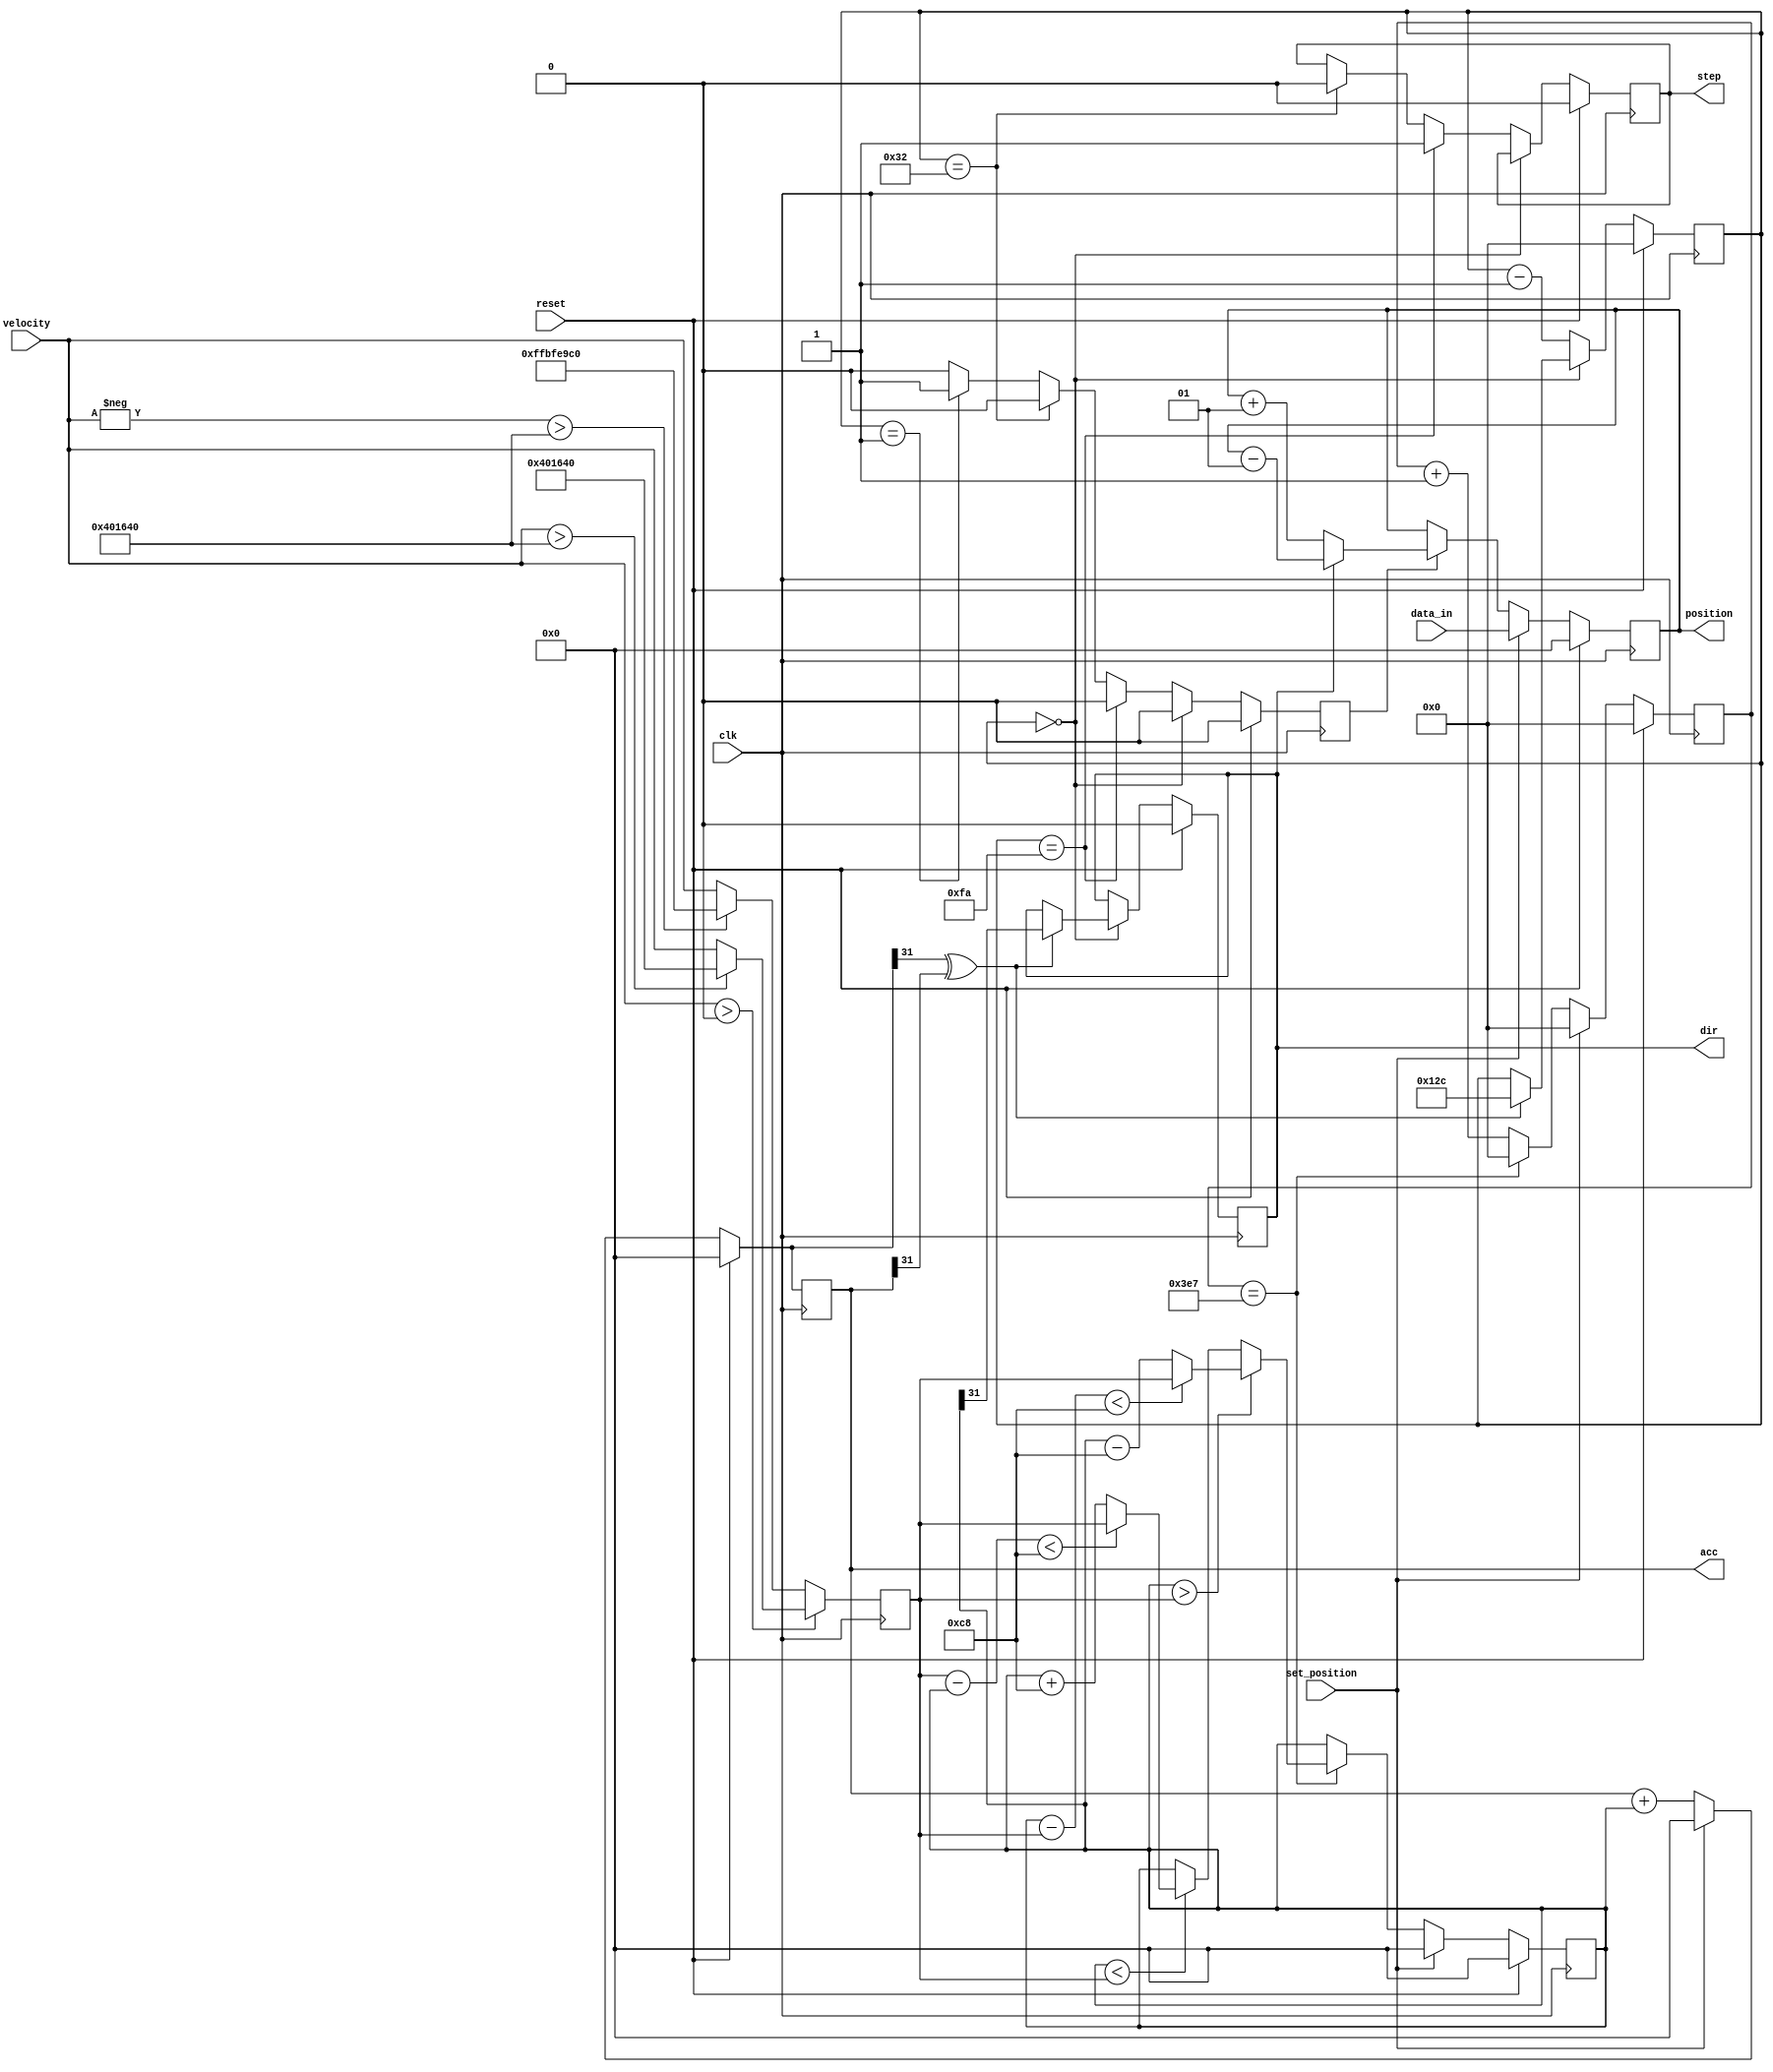
`timescale 1ns / 1ps
//////////////////////////////////////////////////////////////////////////////////
// Company: 
// Engineer: 
// 
// Design Name: 
// Module Name:    step_gen 
// Project Name: 
// Target Devices: 
// Tool versions: 
// Description: 
//
// Dependencies: 
//
// Revision: 
// Revision 0.01 - File Created
// Additional Comments: 
//
//////////////////////////////////////////////////////////////////////////////////
module step_gen(
    input clk,
    input reset,
    input signed [31:0] velocity,
    input signed [31:0] data_in,
    input set_position,
    output reg signed [31:0] position,
    output reg signed [31:0] acc,
    output reg step,
    output reg dir
);

reg do_step;
reg next_dir;
reg step_done;
reg [9:0] step_cnt;
reg signed [31:0] next_acc;
reg signed [31:0] next_position;

reg signed [31:0] cur_velocity;
reg signed [31:0] next_cur_velocity;

reg signed [31:0] target_velocity;
reg signed [31:0] next_target_velocity;

reg [9:0] cycle;
reg [9:0] next_cycle;

wire [31:0] max_accel;
wire [31:0] max_velocity;

assign max_accel = 200;
assign max_velocity = 4200000;

always @(reset or cur_velocity or cycle or set_position or target_velocity)
	begin
		if (reset)
			begin
				next_cur_velocity <= 0;
				next_cycle <= 0;
			end
		else if (set_position)
			begin
				next_cur_velocity <= 0;
				next_cycle <= 0;
			end
		else
			begin
				next_cycle <= cycle + 1;
				next_cur_velocity <= cur_velocity;
				if (cycle == 999)
					begin
						next_cycle <= 0;
						if (cur_velocity > target_velocity)
							begin
								if (cur_velocity - target_velocity < max_accel)
									begin
										next_cur_velocity <= target_velocity;
									end
								else
									begin
										next_cur_velocity <= cur_velocity - max_accel;
									end
							end
						else if (cur_velocity < target_velocity)
							begin
								if (target_velocity - cur_velocity < max_accel)
									begin
										next_cur_velocity <= target_velocity;
									end
								else
									begin
										next_cur_velocity <= cur_velocity + max_accel;
									end
							end
							
					end
			end
	end
	
always @(velocity or max_velocity)
	begin
		if (velocity > 0)
			begin
				if (velocity > max_velocity)
					next_target_velocity <= max_velocity;
				else
					next_target_velocity <= velocity;
			end
		else
			begin
				if (-velocity > max_velocity)
					next_target_velocity <= -max_velocity;
				else
					next_target_velocity <= velocity;
			end
	end

always @(posedge clk)
	begin
		cycle <= next_cycle;
		cur_velocity <= next_cur_velocity;
		target_velocity <= next_target_velocity;
	end


always @(reset or cur_velocity or set_position or acc)
	begin
		if (reset)
			begin
				next_acc <= 0;
			end
		else if (set_position)
			begin
				next_acc <= 0;
			end
		else
			begin
				next_acc <= acc + cur_velocity;
			end
	end

always @(acc or next_acc or cur_velocity)
	begin
		next_dir <= cur_velocity[31];
		do_step <= next_acc[31] ^ acc[31];
	end
				
always @(reset or data_in or set_position or position or step_done or next_dir)
	begin
		if (reset)
			begin
				next_position <= 0;
			end
		else if (set_position)
			begin
				next_position <= data_in;
			end
		else	if (step_done)
			begin
			   if (!dir)
					next_position <= position + 1;
				else
					next_position <= position - 1;
			end
		else
			next_position <= position;
	end
	
always @(posedge clk)
	begin
		position <= next_position;
		acc <= next_acc;
	end
	
always @(posedge clk)
	begin
		step_done <= 0;
		if (reset)
			begin
				step <= 0;
				dir <= 0;
				step_cnt <= 0;
			end
		else if (step_cnt == 0)
			begin
			 if (do_step)
				begin
					dir <= next_dir;
					step_cnt <= 300;
				end
			end
		else
			begin
				if (step_cnt == 250)
					begin
						step <= 1;
					end
				else if (step_cnt == 50)
					begin
						step <= 0;
					end
				else if (step_cnt == 1)
					begin
						step_done <= 1;
					end
				step_cnt <= step_cnt -1;
			end
	end

endmodule